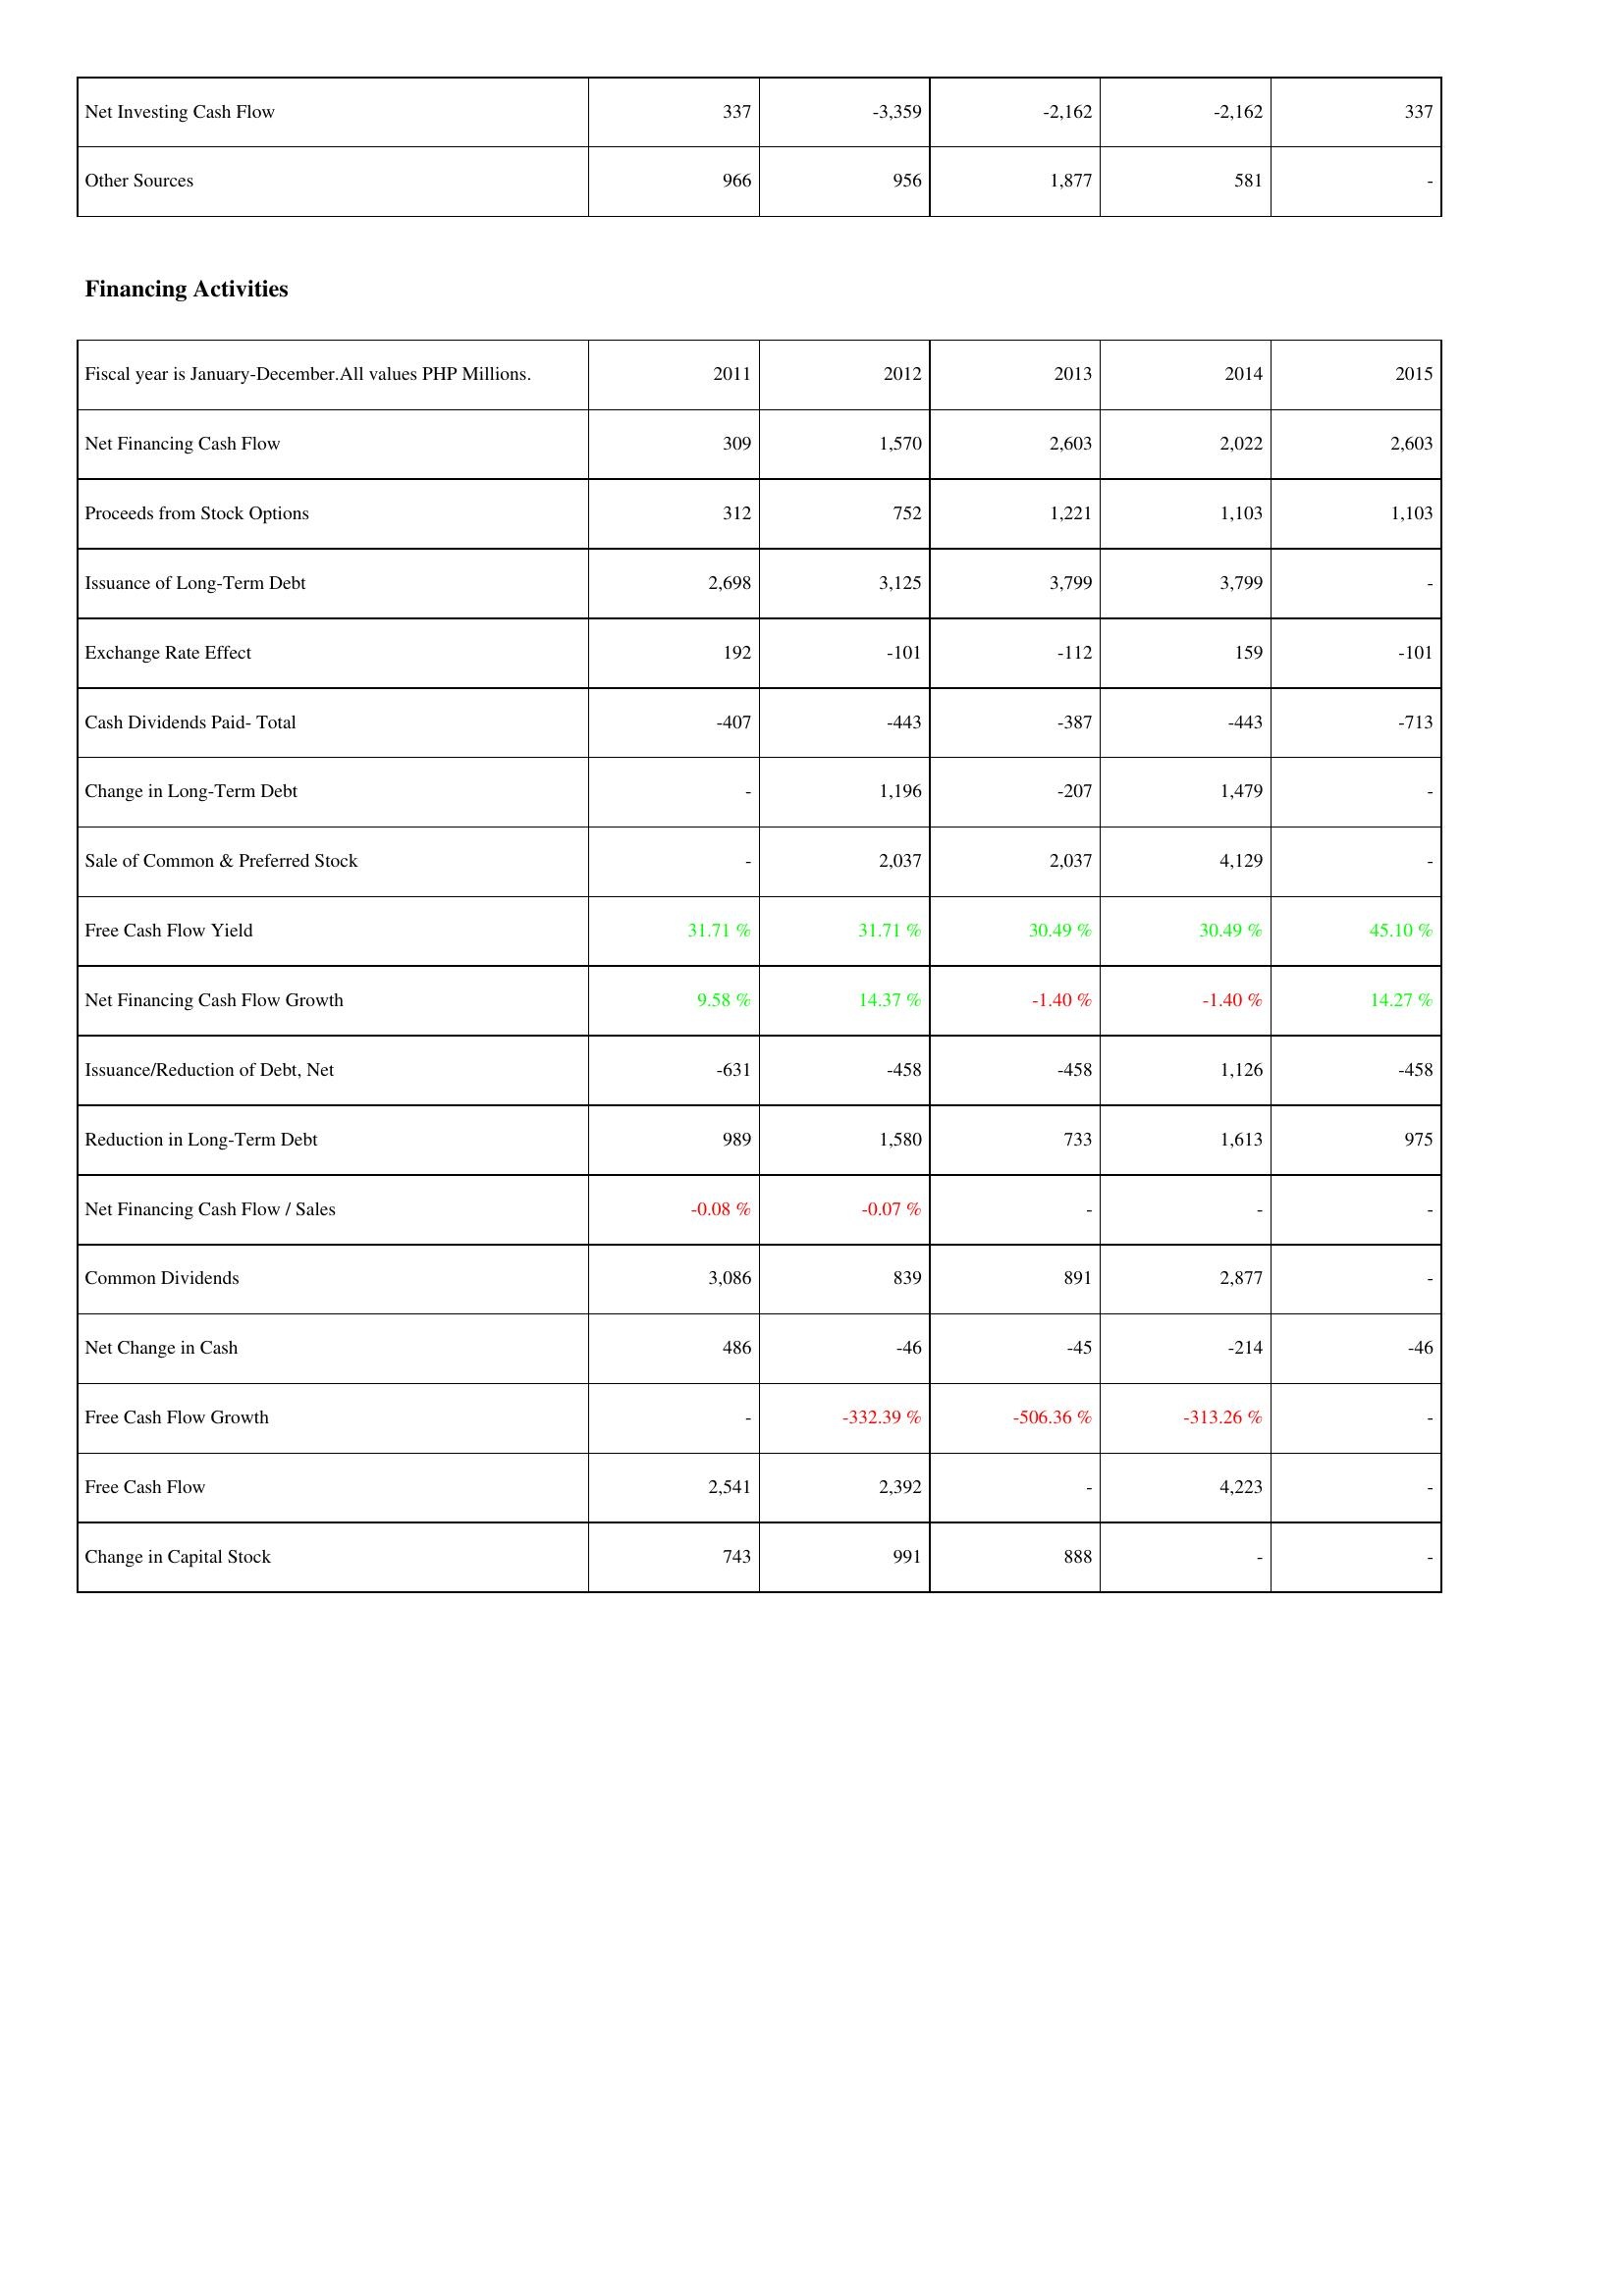
2011: Investing Activities: Net Investing Cash Flow: 337
Other Sources: 966
Financing Activities: Net Financing Cash Flow: 309
Proceeds from Stock Options: 312
Issuance of Long-Term Debt: 2,698
Exchange Rate Effect: 192
Cash Dividends Paid- Total: -407
Change in Long-Term Debt: -
Sale of Common & Preferred Stock: -
Free Cash Flow Yield: 31.71 %
Net Financing Cash Flow Growth: 9.58 %
Issuance/Reduction of Debt, Net: -631
Reduction in Long-Term Debt: 989
Net Financing Cash Flow / Sales: -0.08 %
Common Dividends: 3,086
Net Change in Cash: 486
Free Cash Flow Growth: -
Free Cash Flow: 2,541
Change in Capital Stock: 743
2012: Investing Activities: Net Investing Cash Flow: -3,359
Other Sources: 956
Financing Activities: Net Financing Cash Flow: 1,570
Proceeds from Stock Options: 752
Issuance of Long-Term Debt: 3,125
Exchange Rate Effect: -101
Cash Dividends Paid- Total: -443
Change in Long-Term Debt: 1,196
Sale of Common & Preferred Stock: 2,037
Free Cash Flow Yield: 31.71 %
Net Financing Cash Flow Growth: 14.37 %
Issuance/Reduction of Debt, Net: -458
Reduction in Long-Term Debt: 1,580
Net Financing Cash Flow / Sales: -0.07 %
Common Dividends: 839
Net Change in Cash: -46
Free Cash Flow Growth: -332.39 %
Free Cash Flow: 2,392
Change in Capital Stock: 991
2013: Investing Activities: Net Investing Cash Flow: -2,162
Other Sources: 1,877
Financing Activities: Net Financing Cash Flow: 2,603
Proceeds from Stock Options: 1,221
Issuance of Long-Term Debt: 3,799
Exchange Rate Effect: -112
Cash Dividends Paid- Total: -387
Change in Long-Term Debt: -207
Sale of Common & Preferred Stock: 2,037
Free Cash Flow Yield: 30.49 %
Net Financing Cash Flow Growth: -1.40 %
Issuance/Reduction of Debt, Net: -458
Reduction in Long-Term Debt: 733
Net Financing Cash Flow / Sales: -
Common Dividends: 891
Net Change in Cash: -45
Free Cash Flow Growth: -506.36 %
Free Cash Flow: -
Change in Capital Stock: 888
2014: Investing Activities: Net Investing Cash Flow: -2,162
Other Sources: 581
Financing Activities: Net Financing Cash Flow: 2,022
Proceeds from Stock Options: 1,103
Issuance of Long-Term Debt: 3,799
Exchange Rate Effect: 159
Cash Dividends Paid- Total: -443
Change in Long-Term Debt: 1,479
Sale of Common & Preferred Stock: 4,129
Free Cash Flow Yield: 30.49 %
Net Financing Cash Flow Growth: -1.40 %
Issuance/Reduction of Debt, Net: 1,126
Reduction in Long-Term Debt: 1,613
Net Financing Cash Flow / Sales: -
Common Dividends: 2,877
Net Change in Cash: -214
Free Cash Flow Growth: -313.26 %
Free Cash Flow: 4,223
Change in Capital Stock: -
2015: Investing Activities: Net Investing Cash Flow: 337
Other Sources: -
Financing Activities: Net Financing Cash Flow: 2,603
Proceeds from Stock Options: 1,103
Issuance of Long-Term Debt: -
Exchange Rate Effect: -101
Cash Dividends Paid- Total: -713
Change in Long-Term Debt: -
Sale of Common & Preferred Stock: -
Free Cash Flow Yield: 45.10 %
Net Financing Cash Flow Growth: 14.27 %
Issuance/Reduction of Debt, Net: -458
Reduction in Long-Term Debt: 975
Net Financing Cash Flow / Sales: -
Common Dividends: -
Net Change in Cash: -46
Free Cash Flow Growth: -
Free Cash Flow: -
Change in Capital Stock: -